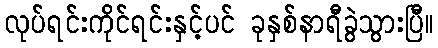
လုပ်ရင်းကိုင်ရင်းနှင့်ပင် ခုနှစ်နာရီခွဲသွားပြီ။